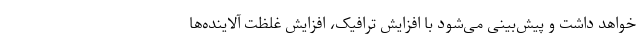
خواهد داشت و پیش‌بینی می‌شود با افزایش ترافیک، افزایش غلظت آلاینده‌ها